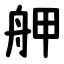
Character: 舺